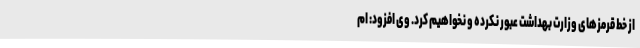
از خط قرمزهای وزارت بهداشت عبور نکرده و نخواهیم کرد. وی افزود: ام